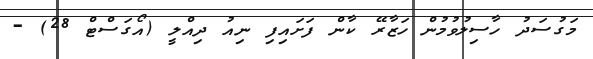
މަގުސަދު ހާސިލުވުމުން ހަޒާރޭ ކާން ފަށައިފި ނިއު ދިއްލީ (އޯގަސްޓް 28) -